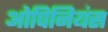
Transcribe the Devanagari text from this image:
ओपिनियंस